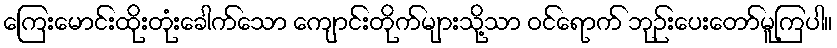
ကြေးမောင်းထိုးတုံးခေါက်သော ကျောင်းတိုက်များသို့သာ ဝင်ရောက် ဘုဉ်းပေးတော်မူကြပါ။